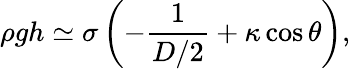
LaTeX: \rho gh\simeq\sigma\left(-\frac{1}{D/2}+\kappa\cos\theta\right),